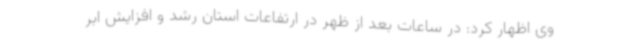
وی اظهار کرد: در ساعات بعد از ظهر در ارتفاعات استان رشد و افزایش ابر